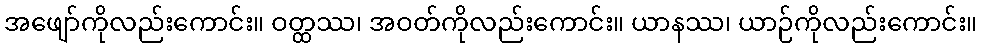
အဖျော်ကိုလည်းကောင်း။ ဝတ္ထဿ၊ အဝတ်ကိုလည်းကောင်း။ ယာနဿ၊ ယာဉ်ကိုလည်းကောင်း။